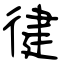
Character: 徤